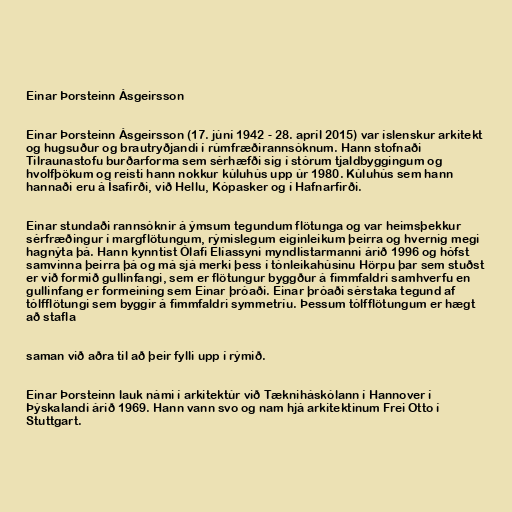
Einar Þorsteinn Ásgeirsson

Einar Þorsteinn Ásgeirsson (17. júní 1942 - 28. apríl 2015) var íslenskur arkitekt
og hugsuður og brautryðjandi í rúmfræðirannsóknum. Hann stofnaði
Tilraunastofu burðarforma sem sérhæfði sig í stórum tjaldbyggingum og
hvolfþökum og reisti hann nokkur kúluhús upp úr 1980. Kúluhús sem hann
hannaði eru á Ísafirði, við Hellu, Kópasker og í Hafnarfirði.

Einar stundaði rannsóknir á ýmsum tegundum flötunga og var heimsþekkur
sérfræðingur í margflötungum, rýmislegum eiginleikum þeirra og hvernig megi
hagnýta þá. Hann kynntist Ólafi Elíassyni myndlistarmanni árið 1996 og hófst
samvinna þeirra þá og má sjá merki þess í tónleikahúsinu Hörpu þar sem stuðst
er við formið gullinfangi, sem er flötungur byggður á fimmfaldri samhverfu en
gullinfang er formeining sem Einar þróaði. Einar þróaði sérstaka tegund af
tólfflötungi sem byggir á fimmfaldri symmetríu. Þessum tólfflötungum er hægt
að stafla

saman við aðra til að þeir fylli upp í rýmið.

Einar Þorsteinn lauk námi í arkitektúr við Tækniháskólann í Hannover í
Þýskalandi árið 1969. Hann vann svo og nam hjá arkitektinum Frei Otto í
Stuttgart.